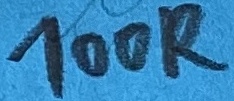
Text: 100R